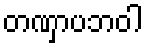
တဏှာပဘဝါ